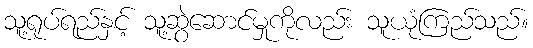
သူ့ရုပ်ရည်နှင့် သူ့ဆွဲဆောင်မှုကိုလည်း သူယုံကြည်သည်။